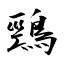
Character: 鵛